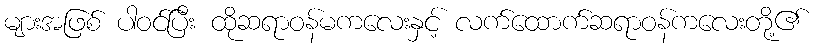
များအဖြစ် ပါဝင်ပြီး ထိုဆရာဝန်မကလေးနှင့် လက်ထောက်ဆရာဝန်ကလေးတို့၏